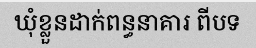
ឃុំខ្លួនដាក់ពន្ធនាគារ ពីបទ